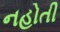
નહોતી